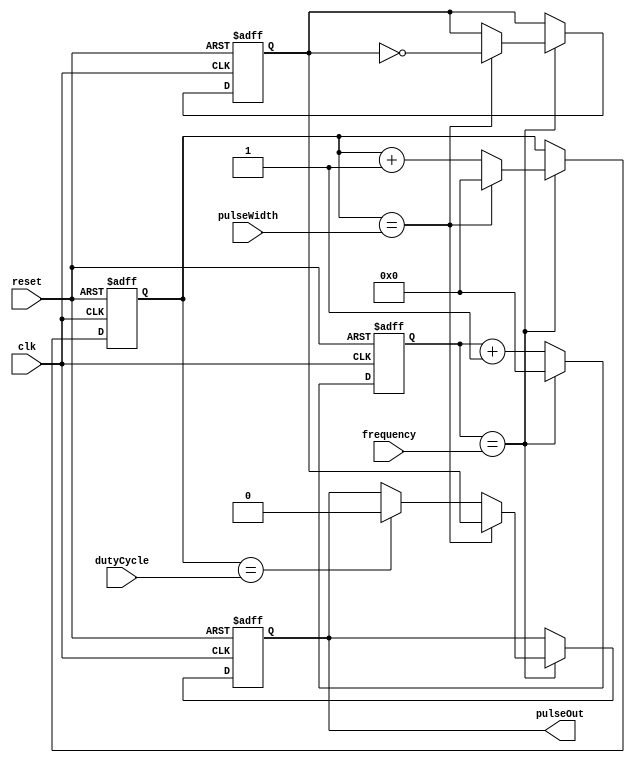
module PulseGenerator (
    input wire clk,               // Clock input
    input wire reset,             // Reset input
    input wire [7:0] pulseWidth,  // Pulse width control (8-bit parameter)
    input wire [7:0] frequency,   // Frequency control (8-bit parameter)
    input wire [7:0] dutyCycle,   // Duty cycle control (8-bit parameter)
    output reg pulseOut           // Output pulse signal
);

reg [7:0] counter = 0;
reg [7:0] pulseCounter = 0;
reg pulseState = 0;

always @(posedge clk or posedge reset) begin
    if (reset) begin
        counter <= 0;
        pulseCounter <= 0;
        pulseState <= 0;
        pulseOut <= 0;
    end else begin
        counter <= counter + 1;
        
        if (counter == frequency) begin
            counter <= 0;
            pulseCounter <= pulseCounter + 1;
            
            if (pulseCounter == pulseWidth) begin
                pulseCounter <= 0;
                pulseState <= ~pulseState;
                pulseOut <= pulseState;
            end else if (pulseCounter == dutyCycle) begin
                pulseOut <= 0;
            end
        end
    end
end

endmodule